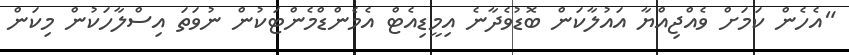
"އެހެން ކަމަށް ވެއްޖިއްޔާ އައުލާކަން ބޮޑުވެދާނެ އިމީޑިއެޓް އެމެންޑްމެންޓަކުން ނުވަތަ އިސްލާހަކުން މިކަން